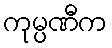
ကုမ္ပဏီက